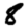
Digit: 8